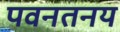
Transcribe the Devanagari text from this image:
पवनतनय